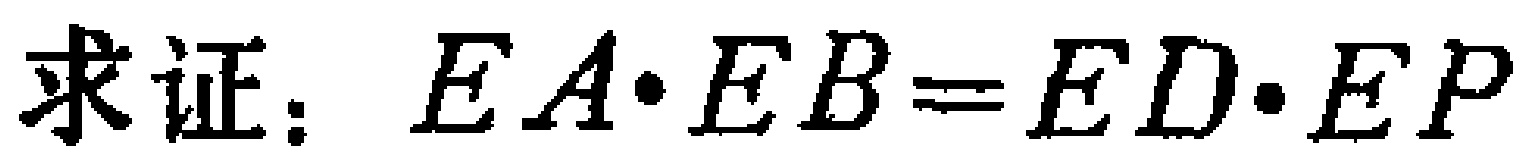
求证：\(EA\cdot EB = ED\cdot EP\)